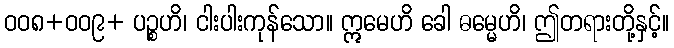
ဝဝ၈+ဝဝ၉+ ပဉ္စဟိ၊ ငါးပါးကုန်သော။ ဣမေဟိ ခေါ ဓမ္မေဟိ၊ ဤတရားတို့နှင့်။